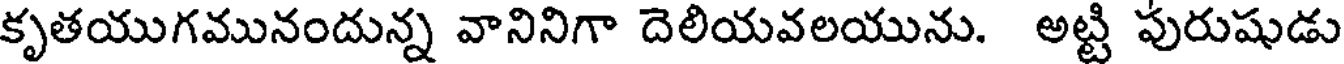
కృతయుగమునందున్న వానినిగా దెలియవలయును. అట్టి పురుషుడు